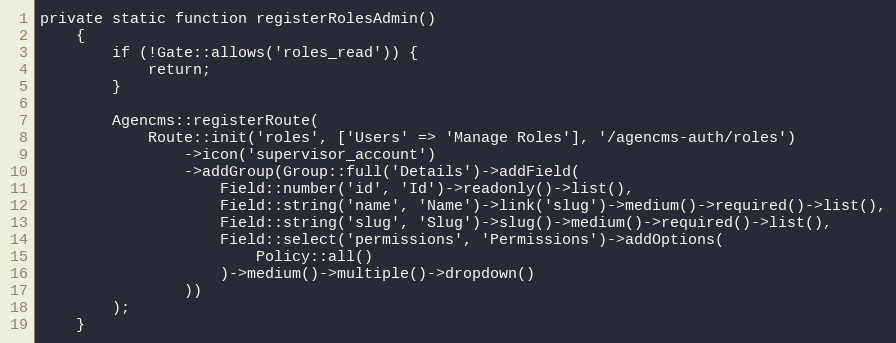
Language: PHP
private static function registerRolesAdmin()
    {
        if (!Gate::allows('roles_read')) {
            return;
        }

        Agencms::registerRoute(
            Route::init('roles', ['Users' => 'Manage Roles'], '/agencms-auth/roles')
                ->icon('supervisor_account')
                ->addGroup(Group::full('Details')->addField(
                    Field::number('id', 'Id')->readonly()->list(),
                    Field::string('name', 'Name')->link('slug')->medium()->required()->list(),
                    Field::string('slug', 'Slug')->slug()->medium()->required()->list(),
                    Field::select('permissions', 'Permissions')->addOptions(
                        Policy::all()
                    )->medium()->multiple()->dropdown()
                ))
        );
    }